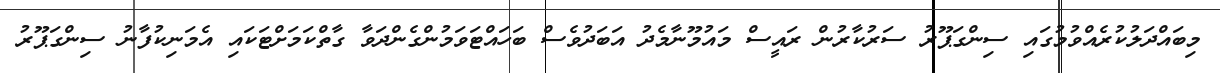
މިބައްދަލުކުރެއްވުމުގައި ސިންގަޕޫރު ސަރުކާރުން ރައީސް މައުމޫނާމެދު އަބަދުވެސް ބަހައްޓަވަމުންގެންދަވާ ގާތްކަމަށްޓަކައި އެމަނިކުފާނު ސިންގަޕޫރު